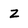
Character: z